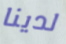
لدينا